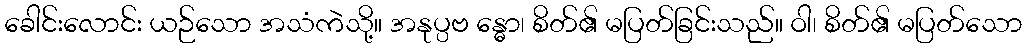
ခေါင်းလောင်း ယဉ်သော အသံကဲသို့။ အနုပ္ပဗ န္ဓော၊ စိတ်၏ မပြတ်ခြင်းသည်။ ဝါ၊ စိတ်၏ မပြတ်သော